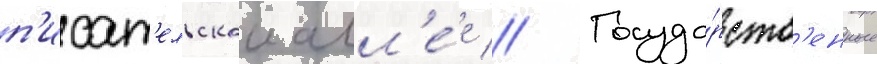
п'исат'ельскои алл'е́е // Госуда́рств'енные